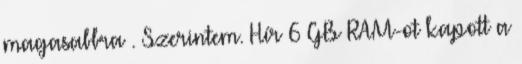
magasabbra . Szerintem. Hír 6 GB RAM-ot kapott a